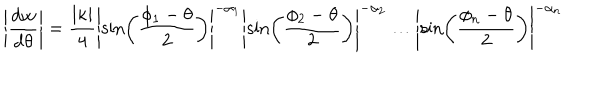
LaTeX: \left\vert \frac { \mathrm { d } w } { \mathrm { d } \theta } \right\vert = \frac { \left\vert \kappa \right\vert } { 4 } \left\vert \sin \left( \frac { \phi _ { 1 } - \theta } { 2 } \right) \right\vert ^ { - \alpha _ { 1 } } \left\vert \sin \left( \frac { \phi _ { 2 } - \theta } { 2 } \right) \right\vert ^ { - \alpha _ { 2 } } \ldots \left\vert \sin \left( \frac { \phi _ { n } - \theta } { 2 } \right) \right\vert ^ { - \alpha _ { n } }